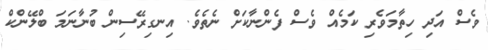
ވެސް އަދި ހިތާމަވެރި ކަމެއް ވެސް ފެންނާކަށް ނެތެވެ. އިނގިރޭސިން ބުނާނަމަ ބްލޭންކް